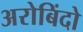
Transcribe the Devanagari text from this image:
अरोबिंदो